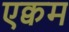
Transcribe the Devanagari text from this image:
एक्वम